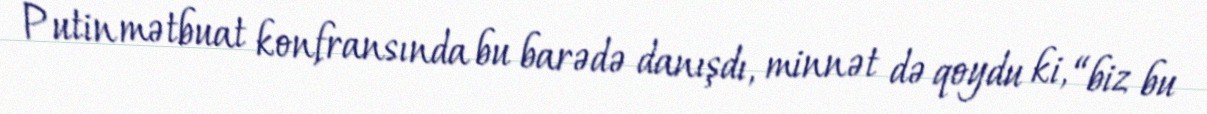
Putin mətbuat konfransında bu barədə danışdı, minnət də qoydu ki, “biz bu